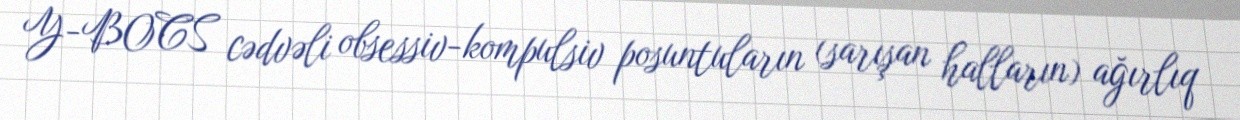
Y-BOCS cədvəli obsessiv-kompulsiv posuntuların (sarışan halların) ağırlıq